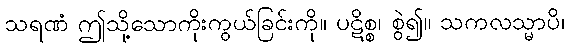
သရဏံ ဤသို့သောကိုးကွယ်ခြင်းကို။ ပဋိစ္စ၊ စွဲ၍။ သကလသ္မာပိ၊